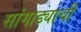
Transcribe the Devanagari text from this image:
सांगाड्याची